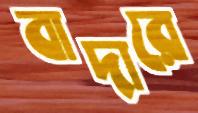
বাদারে